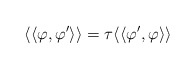
\begin{align*}\langle\langle\varphi,\varphi'\rangle\rangle=\tau\langle\langle\varphi',\varphi\rangle\rangle\end{align*}